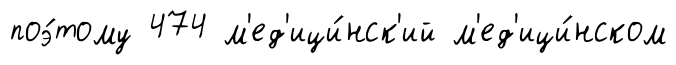
поэ́тому 474 м'ед'ици́нск'ий м'ед'ици́нском